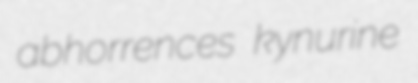
abhorrences kynurine